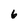
Character: 6